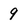
Character: 9